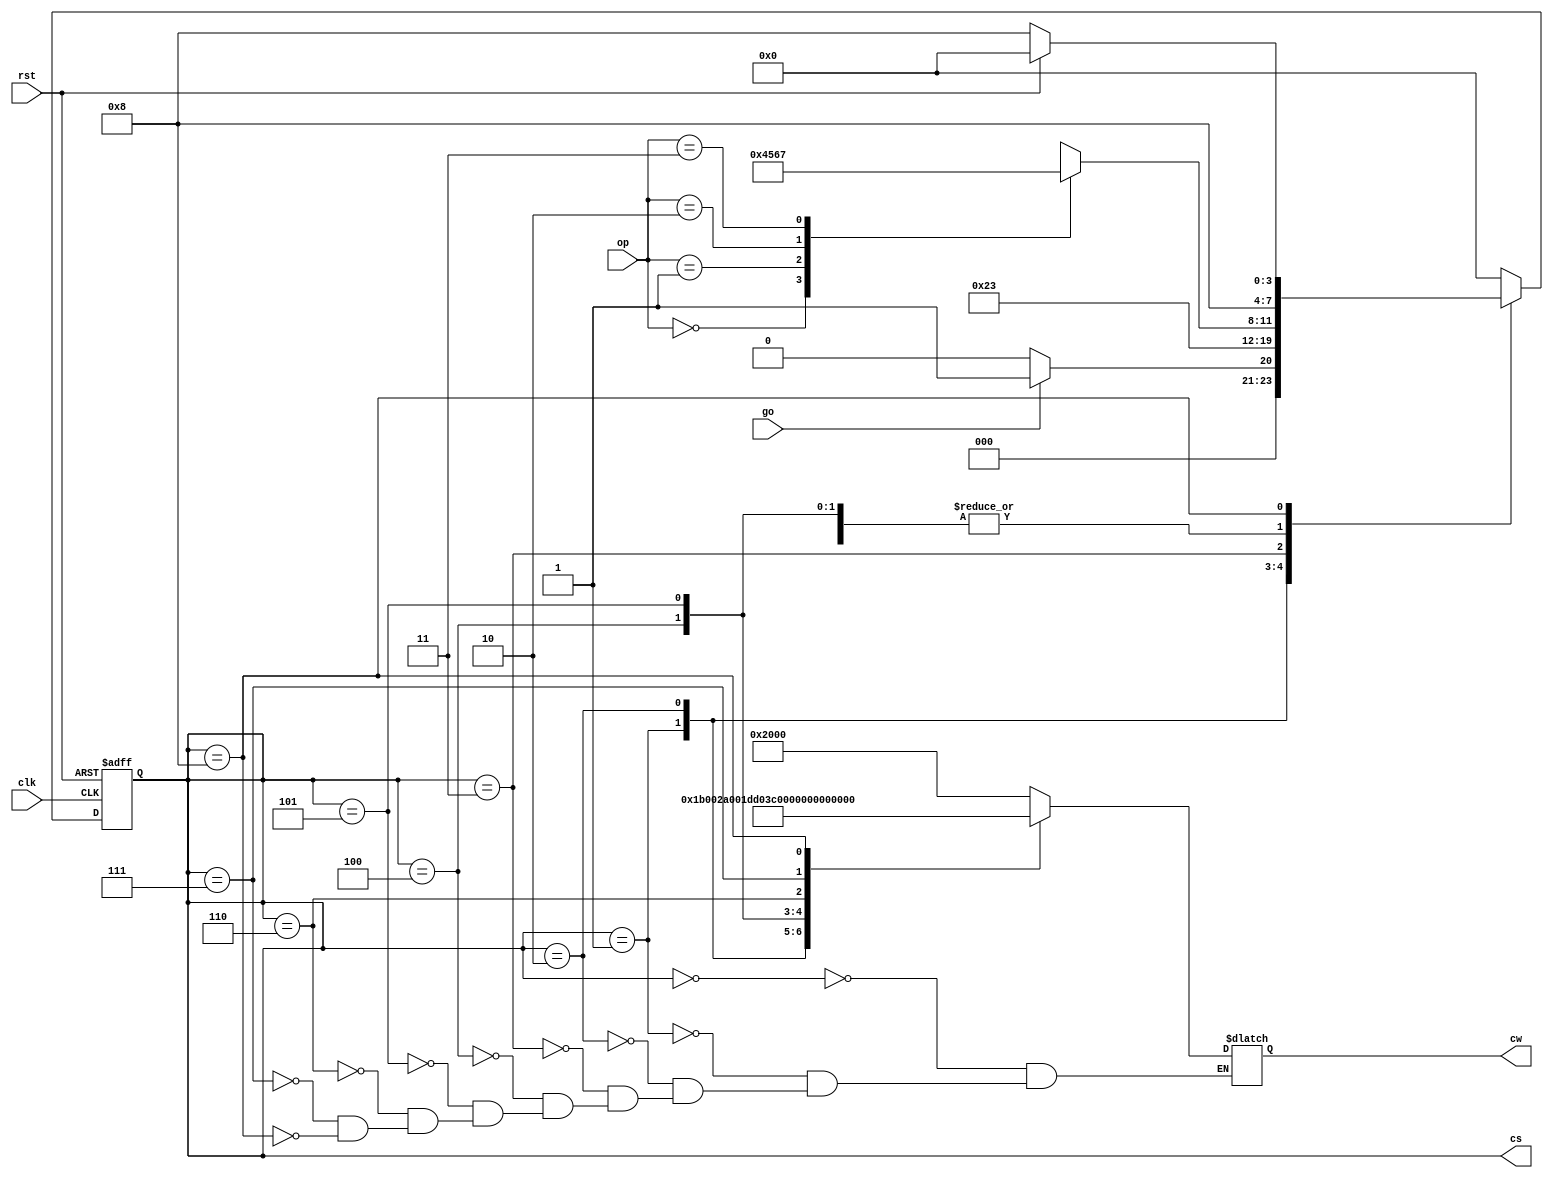
`timescale 1ns / 1ps
//////////////////////////////////////////////////////////////////////////////////
// Company: 
// Engineer: 
// 
// Design Name: 
// Module Name: FSM_CU
// Project Name: 
// Target Devices: 
// Tool Versions: 
// Description: 
// 
// Dependencies: 
// 
// Revision:
// Revision 0.01 - File Created
// Additional Comments:
// 
//////////////////////////////////////////////////////////////////////////////////


module Calc_CU(
    input go, clk, rst,
    input [1:0] op,
    output [3:0] cs,
    output reg [14:0] cw //s1[14:13], wa[12:11], we[10], raa[9:8], rea[7], rab[6:5], reb[4], c[3:2], s2[1], done[0]
);

//encode states
parameter Idle                  = 4'd0,
          In1_into_R1           = 4'd1,
          In2_into_R2           = 4'd2,
          Wait                  = 4'd3,
          R1_plus_R2_into_R3    = 4'd4,
          R1_minus_R2_into_R3   = 4'd5,
          R1_and_R2_into_R3     = 4'd6,
          R1_xor_R2_into_R3     = 4'd7,
          out_done              = 4'd8;

//Next and Current State
reg [3:0] CS, NS;

//Next-State Logic (combinational) based on the state transition diagram
always @ (CS, go)
begin
    case(CS)
        Idle:                   NS <= (go) ? In1_into_R1 : Idle;
        In1_into_R1:            NS <= In2_into_R2;
        In2_into_R2:            NS <= Wait;
        Wait:
            begin
                  case(op)
                     2'b00:     NS <= R1_plus_R2_into_R3;
                     2'b01:     NS <= R1_minus_R2_into_R3;
                     2'b10:     NS <= R1_and_R2_into_R3;
                     2'b11:     NS <= R1_xor_R2_into_R3;
                  endcase
            end
        R1_plus_R2_into_R3:     NS <= out_done;
        R1_minus_R2_into_R3:    NS <= out_done;
        R1_and_R2_into_R3:      NS <= out_done;
        R1_xor_R2_into_R3:      NS <= out_done;
        out_done:               NS <= (rst) ? Idle : out_done;
        default:                NS <= Idle;
     endcase
end

//State Register (sequential)
always @ (posedge clk, posedge rst)
    if (rst)
        CS <= Idle;
    else
        CS <= NS;

//Output Logic (combinational) based on output table
always @ (CS)
begin
    case(CS)               //cw <= {s1, wa, we, raa, rea, rab, reb, c, s2, done}
        Idle:                cw <= 15'b01_00_0_00_0_00_0_00_0_0;
        In1_into_R1:         cw <= 15'b11_01_1_00_0_00_0_00_0_0;
        In2_into_R2:         cw <= 15'b10_10_1_00_0_00_0_00_0_0;
        Wait:                cw <= 15'b01_00_0_00_0_00_0_00_0_0;
        R1_plus_R2_into_R3:  cw <= 15'b00_11_1_01_1_10_1_00_0_0;
        R1_minus_R2_into_R3: cw <= 15'b00_11_1_01_1_10_1_01_0_0;
        R1_and_R2_into_R3:   cw <= 15'b00_11_1_01_1_10_1_10_0_0;
        R1_xor_R2_into_R3:   cw <= 15'b00_11_1_01_1_10_1_11_0_0;
        out_done:            cw <= 15'b01_00_0_11_1_11_1_10_1_1;    
    endcase

end

assign cs = CS;
          


endmodule